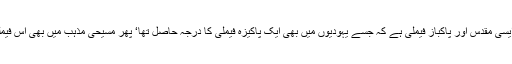
انسانی تاریخ میں یہ ایسی مقدس اور پاکباز فیملی ہے کہ جسے یہودیوں میں بھی ایک پاکیزہ فیملی کا درجہ حاصل تھا‘ پھر مسیحی مذہب میں بھی اس فیملی کو پاکیزہ مانا گیا۔